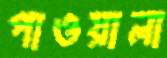
পাওয়ালা